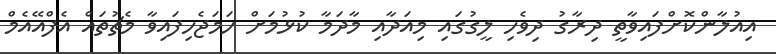
އިއުލާންކޮށްފައިވާތީ ދިރާގު ދިވެހި ލީގުގައި މިއަދާއި މާދަމާ ކުޅުމަށް ހަމަޖެހިފައިވާ މެޗުތައް އެފްއޭއެމް